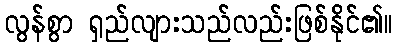
လွန်စွာ ရှည်လျားသည်လည်းဖြစ်နိုင်၏။